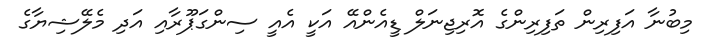
މިބުނާ އަފިރިން ތަފިރިންގެ އޮރިޖިނަލް ޑީއެންއޭ އަކީ އެއީ ސިންގަޕޫރާއި އަދި މެލޭޝިޔާގެ